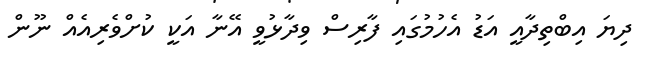
ދިޔަ އިބްތިދާއީ އަޑު އެހުމުގައި ފާރިސް ވިދާޅުވީ އޭނާ އަކީ ކުށްވެރިއެއް ނޫން